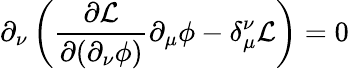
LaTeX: \partial_{\nu}\left({\frac{\partial{\mathcal{L}}}{\partial(\partial_{\nu}\phi)}}\partial_{\mu}\phi-\delta_{\mu}^{\nu}{\mathcal{L}}\right)=0